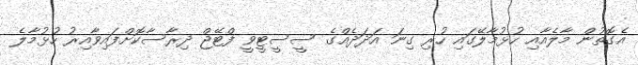
އެގޮތުން މާލެއާއި ހުޅުމާލޭގައި ހުރި ގިނަ އަދަދެެއްގެ ސީސީޓީވީ ފްޓޭޖް ދިރާސާކޮށްފައިވާއިރު ހުޅުމާލެ